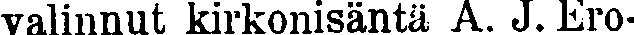
valinnut kirkonisäntä A. J. Ero-